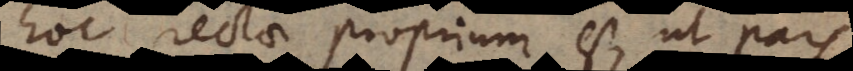
hoc rectae proprium est, ut pars